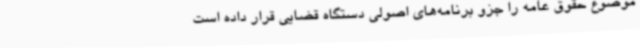
موضوع حقوق عامه را جزو برنامه‌های اصولی دستگاه قضایی قرار داده است